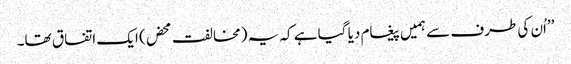
’’اُن کی طرف سے ہمیں پیغام دیا گیا ہے کہ یہ (مخالفت محض) ایک اتفاق تھا۔